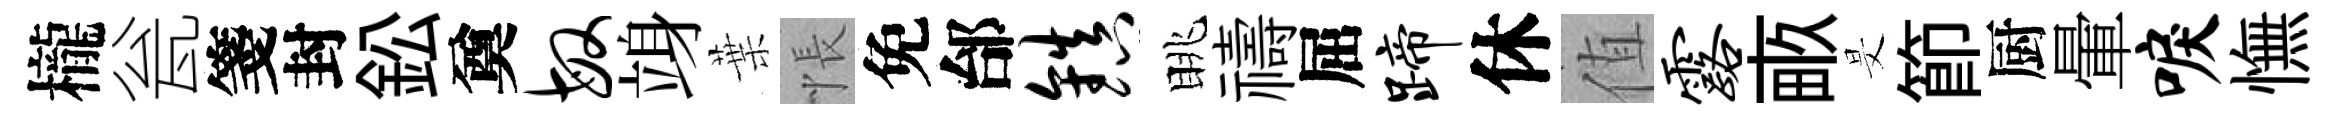
櫳瓮箋封鈆奠敏竧葉悵免邰镇眺禱屈蹄休值露畞旻節厨暈唳憮